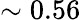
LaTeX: \sim 0.56